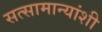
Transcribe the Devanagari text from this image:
सत्सामान्यांशी